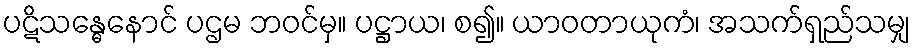
ပဋိသန္ဓေနောင် ပဌမ ဘဝင်မှ။ ပဋ္ဌာယ၊ စ၍။ ယာဝတာယုကံ၊ အသက်ရှည်သမျှ